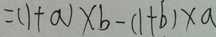
= ( 1 + a ) \times b - ( 1 + b ) \times a